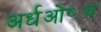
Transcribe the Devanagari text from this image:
अर्धओष्ठ्य